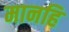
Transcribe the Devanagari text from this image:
मानहि